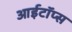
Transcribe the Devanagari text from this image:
आईटॉप्स